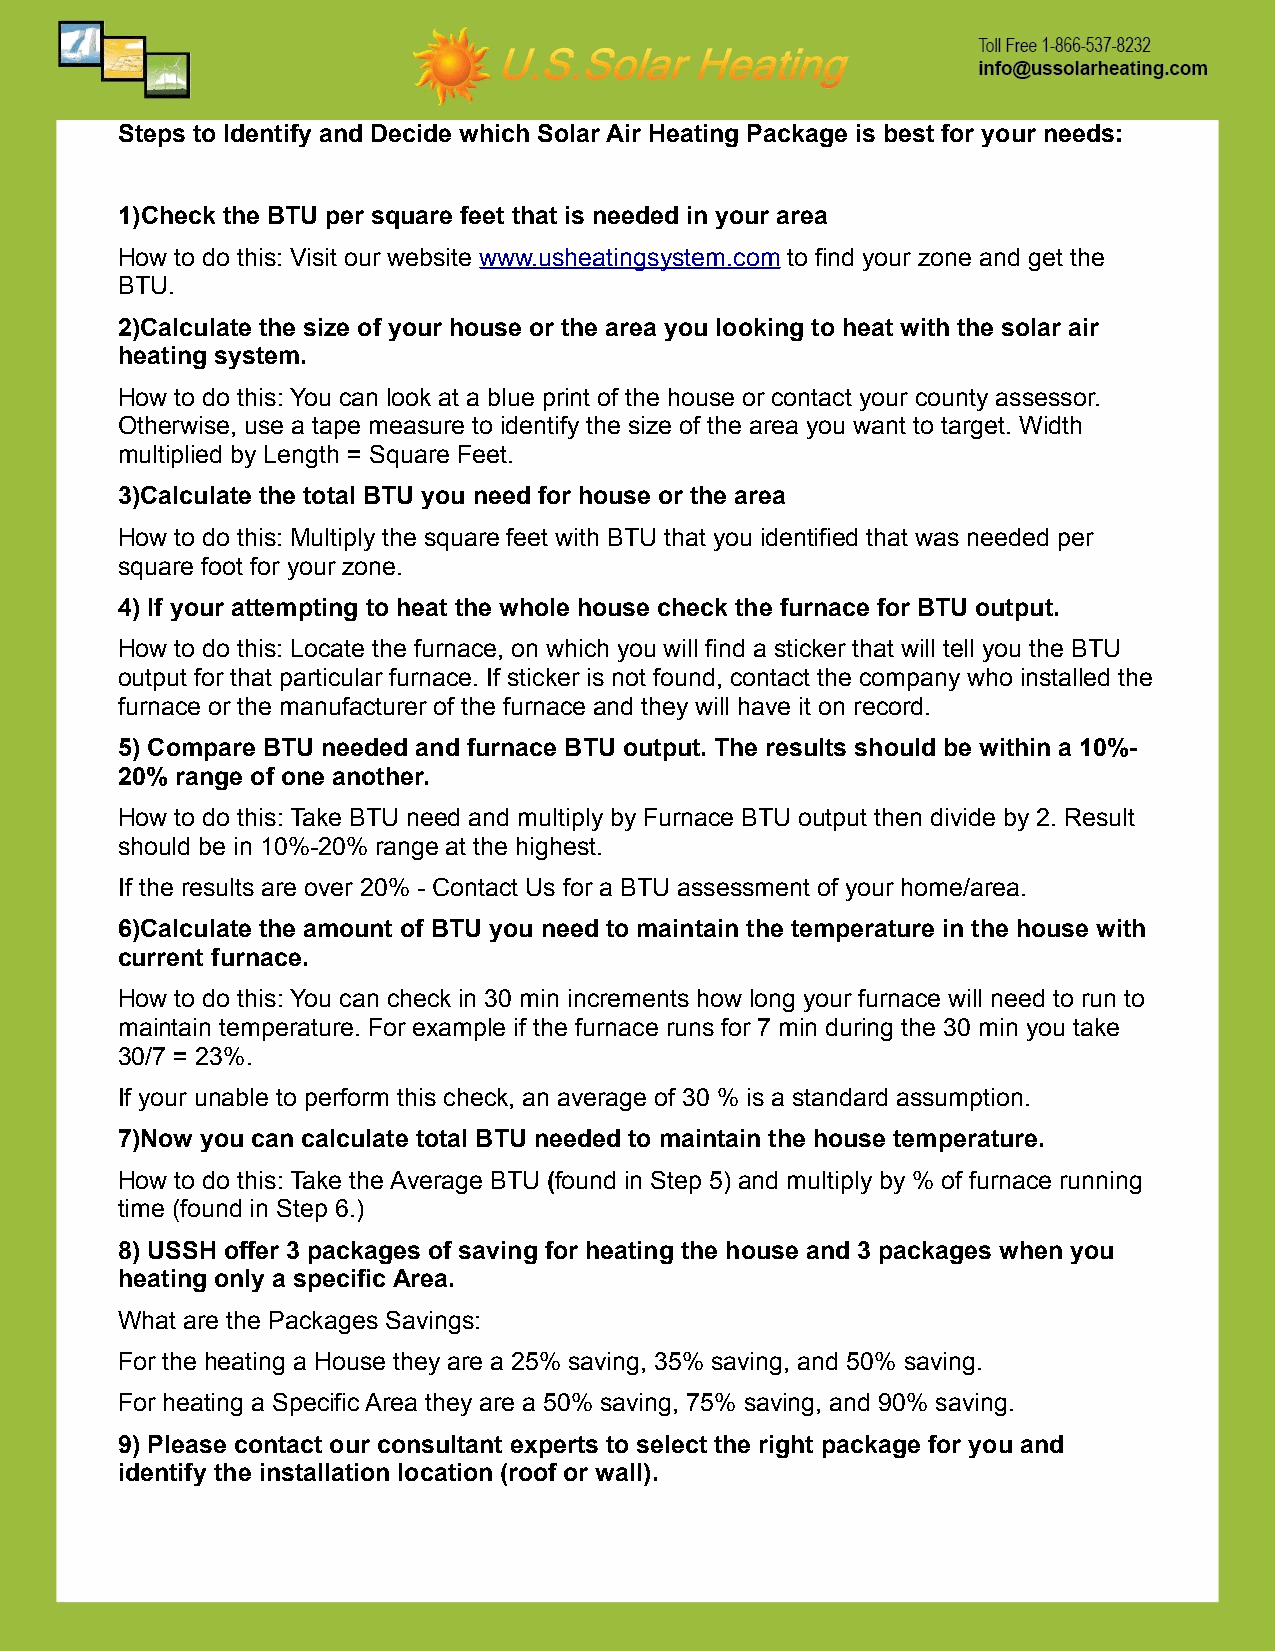
Steps to Identify and Decide which Solar Air Heating Package is best for your needs:
 1)Check the BTU per square feet that is needed in your area
 How to do this: Visit our website www.usheatingsystem.com to find your zone and get the
 BTU.
 2)Calculate the size of your house or the area you looking to heat with the solar air
 heating system.
 How to do this: You can look at a blue print of the house or contact your county assessor.
 Otherwise, use a tape measure to identify the size of the area you want to target. Width
 multiplied by Length = Square Feet.
 3)Calculate the total BTU you need for house or the area
 How to do this: Multiply the square feet with BTU that you identified that was needed per
 square foot for your zone.
 4) If your attempting to heat the whole house check the furnace for BTU output.
 How to do this: Locate the furnace, on which you will find a sticker that will tell you the BTU
 output for that particular furnace. If sticker is not found, contact the company who installed the
 furnace or the manufacturer of the furnace and they will have it on record.
 5) Compare BTU needed and furnace BTU output. The results should be within a 10%-
 20% range of one another.
 How to do this: Take BTU need and multiply by Furnace BTU output then divide by 2. Result
 should be in 10%-20% range at the highest.
 If the results are over 20% - Contact Us for a BTU assessment of your home/area.
 6)Calculate the amount of BTU you need to maintain the temperature in the house with
 current furnace.
 How to do this: You can check in 30 min increments how long your furnace will need to run to
 maintain temperature. For example if the furnace runs for 7 min during the 30 min you take
 30/7 = 23%.
 If your unable to perform this check, an average of 30 % is a standard assumption.
 7)Now you can calculate total BTU needed to maintain the house temperature.
 How to do this: Take the Average BTU (found in Step 5) and multiply by % of furnace running
 time (found in Step 6.)
 8) USSH offer 3 packages of saving for heating the house and 3 packages when you
 heating only a specific Area.
 What are the Packages Savings:
 For the heating a House they are a 25% saving, 35% saving, and 50% saving.
 For heating a Specific Area they are a 50% saving, 75% saving, and 90% saving.
 9) Please contact our consultant experts to select the right package for you and
 identify the installation location (roof or wall).